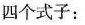
四个式子：